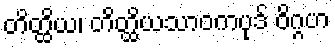
တိတ္ထိယ၊ တိတ္ထိယသာဝကပုဒ် ဝိဂ္ဂဟ